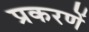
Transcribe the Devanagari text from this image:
प्रकरणें